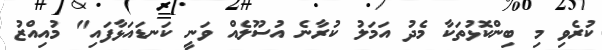
ކުރެވި މި ބިންކޮޅުތަކާ މެދު އަމަލު ކުރާނެ އުސޫލެއް ވަނީ ކަނޑައަޅާފައި" މުއިއްޒު